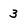
Character: 3